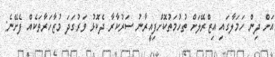
އަށް ދިން ހަމަލާގައި އިޒްރޭލަށް ތުހުމަތުކޮށްފިއީރާނު ސަރުކާރާ ދެކޮޅު ވަރުގަދަ މުޒާހަރާތަކެއް ފެށޭނެ: